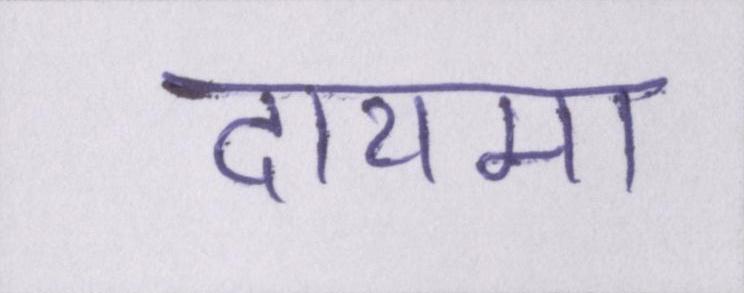
दायमा